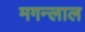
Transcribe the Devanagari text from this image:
मगन्लाल